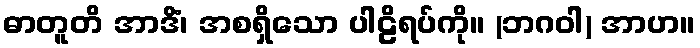
ဓာတူတိ အာဒိံ၊ အစရှိသော ပါဠိရပ်ကို။ (ဘဂဝါ) အာဟ။